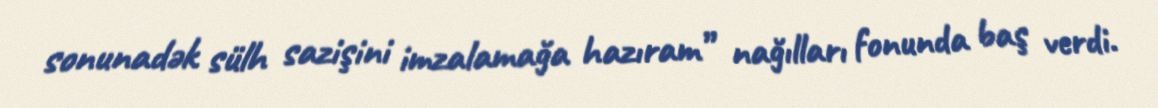
sonunadək sülh sazişini imzalamağa hazıram” nağılları fonunda baş verdi.